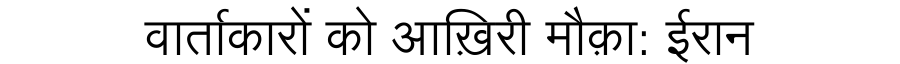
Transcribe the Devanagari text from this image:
वार्ताकारों को आख़िरी मौक़ा: ईरान